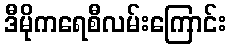
ဒီမိုကရေစီလမ်းကြောင်း